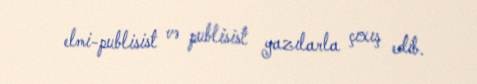
elmi-publisist və publisist yazılarla çıxış edib.